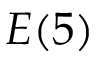
E ( 5 )